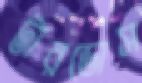
টারডোস